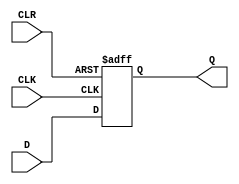
module d_latch_flip_flop (
    input D,
    input CLK,
    input CLR,
    output reg Q
);

always @ (posedge CLK or negedge CLR)
begin
    if (CLR == 1'b0) begin
        Q <= 1'b0;  // Reset the output to 0
    end else begin
        Q <= D;  // Update the output with the input data when the clock signal transitions from low to high
    end
end

endmodule